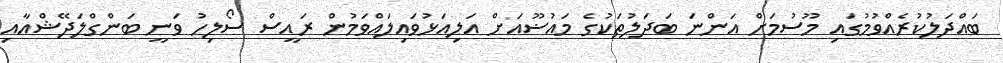
ބައްދަލުކުރެއްވުމުގައި މޫސުމަށް އަންނަ ބަދަލުތަކުގެ މައުޟޫއަށް އަލިއަޅުވައިލައްވަމުން ރައީސް ސޯލިހު ވަނީ ބަންގްލަދޭޝްއާއި